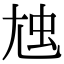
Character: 𡯥